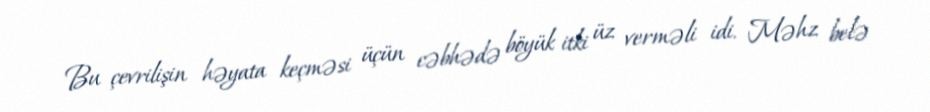
Bu çevrilişin həyata keçməsi üçün cəbhədə böyük itki üz verməli idi. Məhz belə